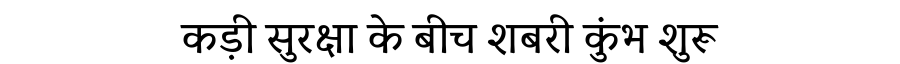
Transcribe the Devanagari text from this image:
कड़ी सुरक्षा के बीच शबरी कुंभ शुरू